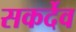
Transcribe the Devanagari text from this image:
सकर्देव